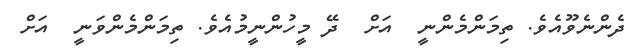
ދެންނެވޫއެވެ. ތިމަންމެންނީ  އަށް  ދޭ މީހުންނީމުއެވެ. ތިމަންމެންވަނީ  އަށް